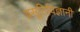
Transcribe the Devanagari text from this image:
प्रसूतिविज्ञानी